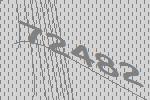
72482